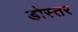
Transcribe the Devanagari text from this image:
डोस्तर